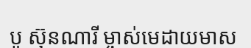
បូ ស៊ុនណារី ម្ចាស់មេដាយមាស